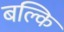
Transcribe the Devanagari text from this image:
बल्कि